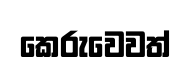
කෙරුවෙවත්